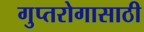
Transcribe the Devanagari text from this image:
गुप्तरोगासाठी